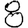
Digit: 8